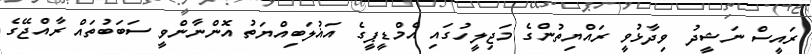
ރައީސް ނަޝީދު ވިދާޅުވީ ރައްޔިތުންގެ މަޖިލީހުގައި އެމްޑީޕީގެ އަޣުލަބިއްޔަތު އޮންނާންވީ ސަބަބުތައް ރާއްޖޭގެ